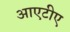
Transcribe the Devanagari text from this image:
आएटीए